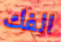
الفك